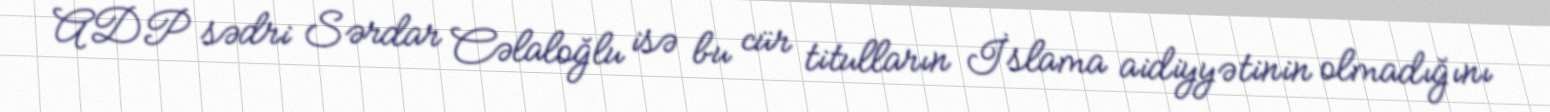
ADP sədri Sərdar Cəlaloğlu isə bu cür titulların İslama aidiyyətinin olmadığını